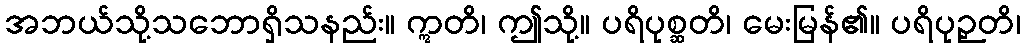
အဘယ်သို့သဘောရှိသနည်း။ ဣတိ၊ ဤသို့။ ပရိပုစ္ဆတိ၊ မေးမြန်၏။ ပရိပုဉှတိ၊